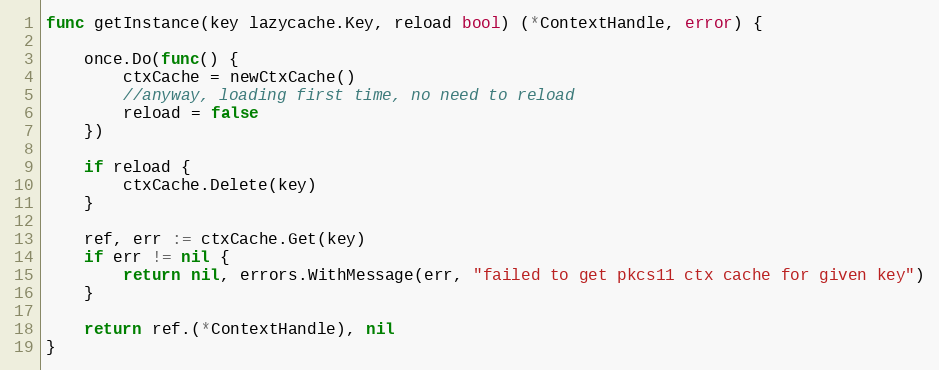
Language: Go
func getInstance(key lazycache.Key, reload bool) (*ContextHandle, error) {

	once.Do(func() {
		ctxCache = newCtxCache()
		//anyway, loading first time, no need to reload
		reload = false
	})

	if reload {
		ctxCache.Delete(key)
	}

	ref, err := ctxCache.Get(key)
	if err != nil {
		return nil, errors.WithMessage(err, "failed to get pkcs11 ctx cache for given key")
	}

	return ref.(*ContextHandle), nil
}